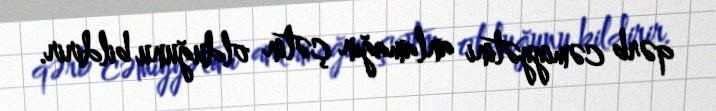
qərb cəmiyyətini anlamağın çətin olduğunu bildirir.